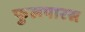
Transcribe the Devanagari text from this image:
फुलपारस